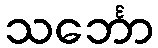
သင်္ဘော